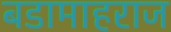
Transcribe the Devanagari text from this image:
बडामाहराज